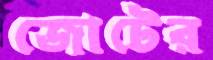
জোটের